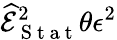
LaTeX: \widehat{\mathcal{E}}_{\mathrm{~S~t~a~t~}}^{2}\le\theta\epsilon^{2}